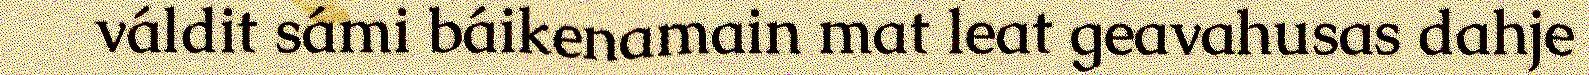
váldit sámi báikenamain mat leat geavahusas dahje